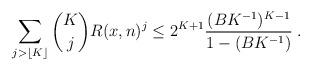
LaTeX: \begin{align*}\sum_{j>\lfloor K\rfloor}\binom{K}{j}R(x,n)^j\leq 2^{K+1}\frac{(BK^{-1})^{K-1}}{1-(BK^{-1})}\:.\end{align*}